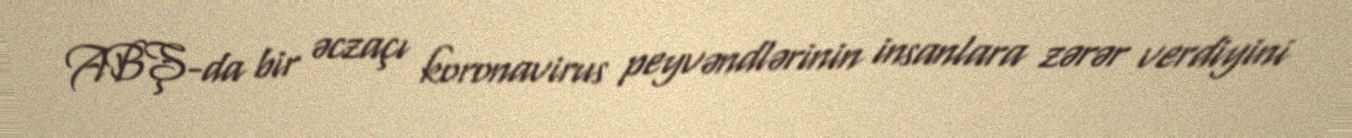
ABŞ-da bir əczaçı koronavirus peyvəndlərinin insanlara zərər verdiyini